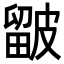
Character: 𥀓